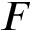
F